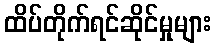
ထိပ်တိုက်ရင်ဆိုင်မှုများ